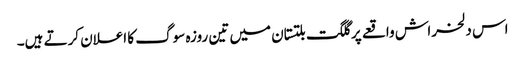
اس دلخراش واقعے پر گلگت بلتستان میں تین روزہ سوگ کا اعلان کرتے ہیں۔